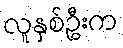
လူနှစ်ဦးက